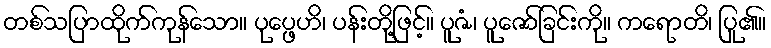
တစ်သပြာထိုက်ကုန်သော။ ပုပ္ဖေဟိ၊ ပန်းတို့ဖြင့်။ ပူဇံ၊ ပူဇော်ခြင်းကို။ ကရောတိ၊ ပြု၏။